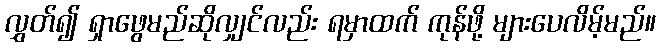
လွှတ်၍ ရှာဖွေမည်ဆိုလျှင်လည်း ရမှာထက် ကုန်ဖို့ များပေလိမ့်မည်။